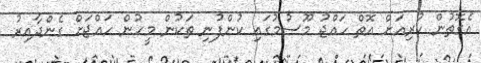
އެގޮތުން ކުރިއަށް އޮތް ހައްޖު މޫސުމުގައި ކުންފުނި ތަކުން މީހުން ހައްޖަށް ގެންދާއިރު